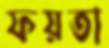
ফয়তা